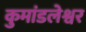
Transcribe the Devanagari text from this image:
कुमांडलेश्वर